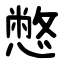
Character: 憋